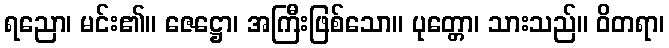
ရညော၊ မင်း၏။ ဇေဋ္ဌော၊ အကြီးဖြစ်သော။ ပုတ္တော၊ သားသည်။ ဝိတရာ၊